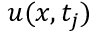
u ( x , t _ { j } )